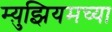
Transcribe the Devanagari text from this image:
म्य़ुझियमच्या